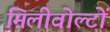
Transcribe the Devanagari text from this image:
मिलीवोल्टों